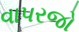
વાપરજો